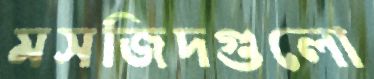
মসজিদগুলো